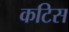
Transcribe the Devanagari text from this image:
कटिस